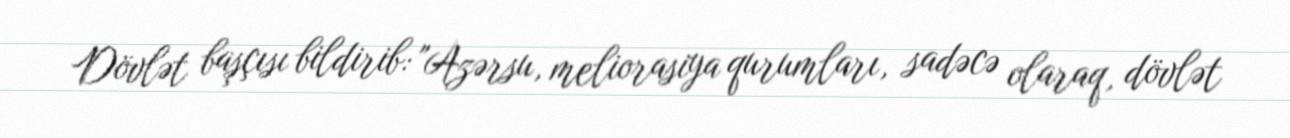
Dövlət başçısı bildirib: "Azərsu, meliorasiya qurumları, sadəcə olaraq, dövlət